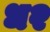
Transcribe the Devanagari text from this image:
ध२